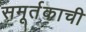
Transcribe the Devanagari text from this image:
समूर्तकाची